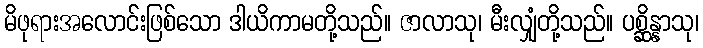
မိဖုရားအလောင်းဖြစ်သော ဒါယိကာမတို့သည်။ ဇာလာသု၊ မီးလျှံတို့သည်။ ပစ္ဆိန္နာသု၊